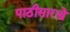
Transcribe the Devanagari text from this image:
पाठीसारखे